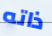
ذاته